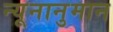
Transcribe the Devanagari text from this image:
न्यूनानुमान